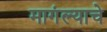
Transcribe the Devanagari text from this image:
मागंल्याचे